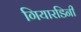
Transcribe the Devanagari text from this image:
गियारडिनी